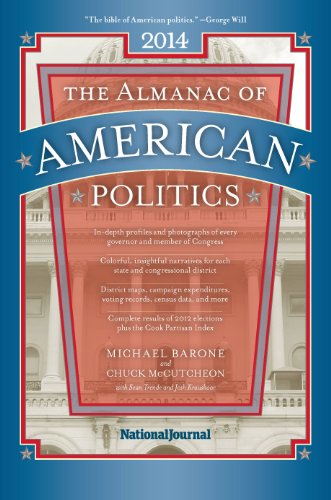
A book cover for The Almanac of American Politics 2014; Michael Barone; Reference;